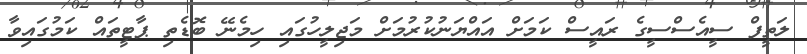
ލަތީފް ސީއެސްސީގެ ރައީސް ކަމަށް އައްޔަނުކުރުމަށް މަޖިލީހުގައި ހިމެނޭ ބޮޑެތި ޕާޓީތައް ކަމުގައިވާ